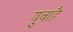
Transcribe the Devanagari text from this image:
युवाहै